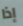
إذا